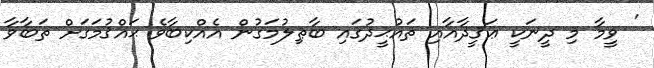
' ވީމާ މި ދީނަކީ ޢަޤީދާއާއި ތައުޙީދުގައި ބާޠިލުމަގުން އެއްކިބާވެ ޙައްޤުމަގަށް ތަބާވާ